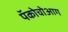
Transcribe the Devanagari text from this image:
पॅकोचोआग